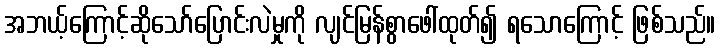
အဘယ့်ကြောင့်ဆိုသော်ပြောင်းလဲမှုကို လျင်မြန်စွာဖေါ်ထုတ်၍ ရသောကြောင့် ဖြစ်သည်။